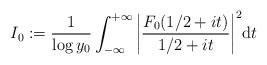
LaTeX: \begin{align*} I_{0}:= \frac{1}{\log y_{0}}\int_{- \infty}^{+\infty} \bigg|\frac{F_{0}(1/2+it)}{1/2+it}\bigg|^2 {\rm d}t\end{align*}